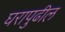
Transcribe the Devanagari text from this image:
घरापुढील